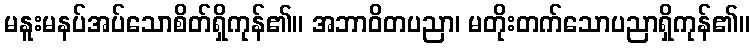
မနူးမနပ်အပ်သောစိတ်ရှိကုန်၏။ အဘာဝိတပညာ၊ မတိုးတက်သောပညာရှိကုန်၏။